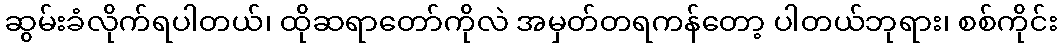
ဆွမ်းခံလိုက်ရပါတယ်၊ ထိုဆရာတော်ကိုလဲ အမှတ်တရကန်တော့ ပါတယ်ဘုရား၊ စစ်ကိုင်း